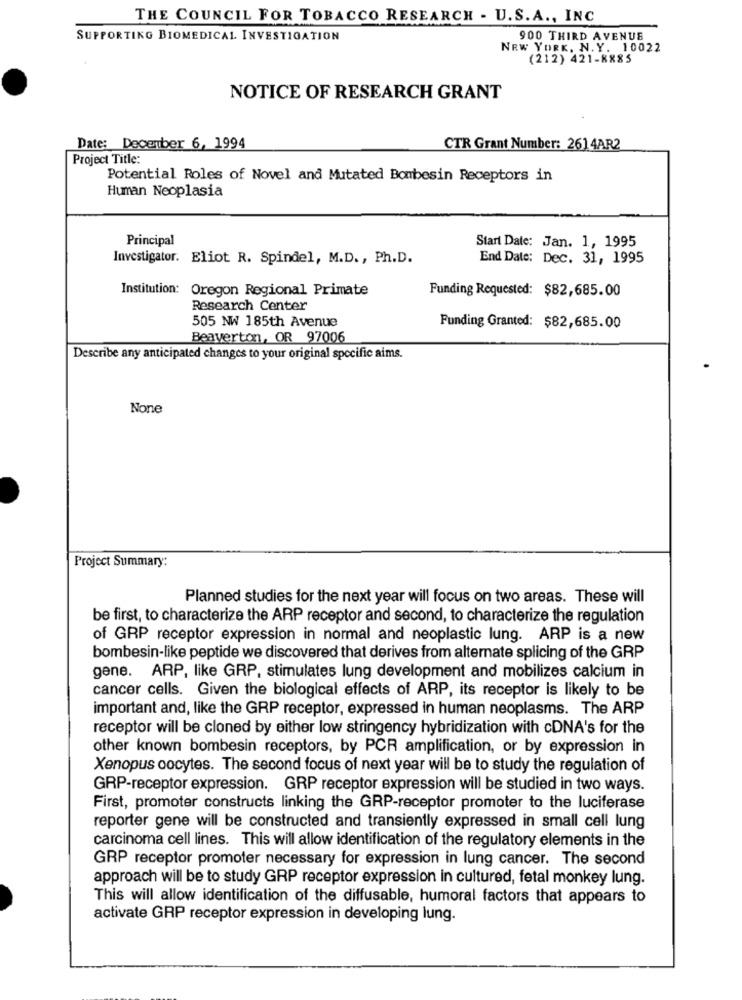
THE COUNCIL FOR TOBACCO RESEARCH - U.S.A ., INC
SUPPORTING BIOMEDICAL INVESTIGATION
900 THIRD AVENUE
NEW YORK, N. Y. 10022
(212) 421-8885
NOTICE OF RESEARCH GRANT
Date: December 6, 1994
CTR Grant Number: 2614AR2
Project Title:
Potential Roles of Novel and Mutated Bombesin Receptors in
Human Neoplasia
Principal
Start Date: Jan. 1, 1995
Investigator. Eliot R. Spindel, M.D. , Ph.D.
End Date: Dec. 31, 1995
Institution: Oregon Regional Primate
Funding Requested: $82,685.00
Research Center
505 NW 185th Avenue
Funding Granted: $82,685.00
Beaverton, OR 97006
Describe any anticipated changes to your original specific aims.
Project Summary:
Planned studies for the next year will focus on two areas. These will
be first, to characterize the ARP receptor and second, to characterize the regulation
of GRP receptor expression in normal and neoplastic lung. ARP is a new
bombesin-like peptide we discovered that derives from alternate splicing of the GRP
gene. ARP, like GRP, stimulates lung development and mobilizes calcium in
cancer cells. Given the biological effects of ARP, its receptor is likely to be
important and, like the GRP receptor, expressed in human neoplasms. The ARP
receptor will be cloned by either low stringency hybridization with cDNA's for the
other known bombesin receptors, by PCR amplification, or by expression in
Xenopus oocytes. The second focus of next year will be to study the regulation of
GRP-receptor expression. GRP receptor expression will be studied in two ways.
First, promoter constructs linking the GRP-receptor promoter to the luciferase
reporter gene will be constructed and transiently expressed in small cell lung
carcinoma cell lines. This will allow identification of the regulatory elements in the
GRP receptor promoter necessary for expression in lung cancer. The second
approach will be to study GRP receptor expression in cultured, fetal monkey lung.
This will allow identification of the diffusable, humoral factors that appears to
activate GRP receptor expression in developing lung.